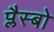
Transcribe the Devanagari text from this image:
प्लैस्बो